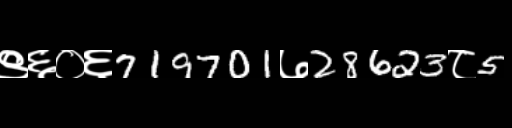
Text: ९६०६719701७28623८5